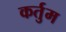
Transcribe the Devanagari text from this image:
कर्तुम